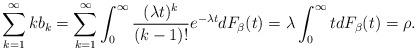
LaTeX: \begin{align*}\sum_{k=1}^{\infty} k b_k=\sum_{k=1}^{\infty} \int_0^{\infty}\frac{(\lambda t)^k} {(k-1)!}e^{-\lambda t}dF_{\beta}(t)=\lambda\int_0^{\infty}tdF_{\beta}(t)=\rho.\end{align*}